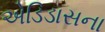
એડિડાસના